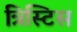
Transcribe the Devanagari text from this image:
त्रिस्टिस